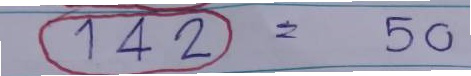
(142) = 50